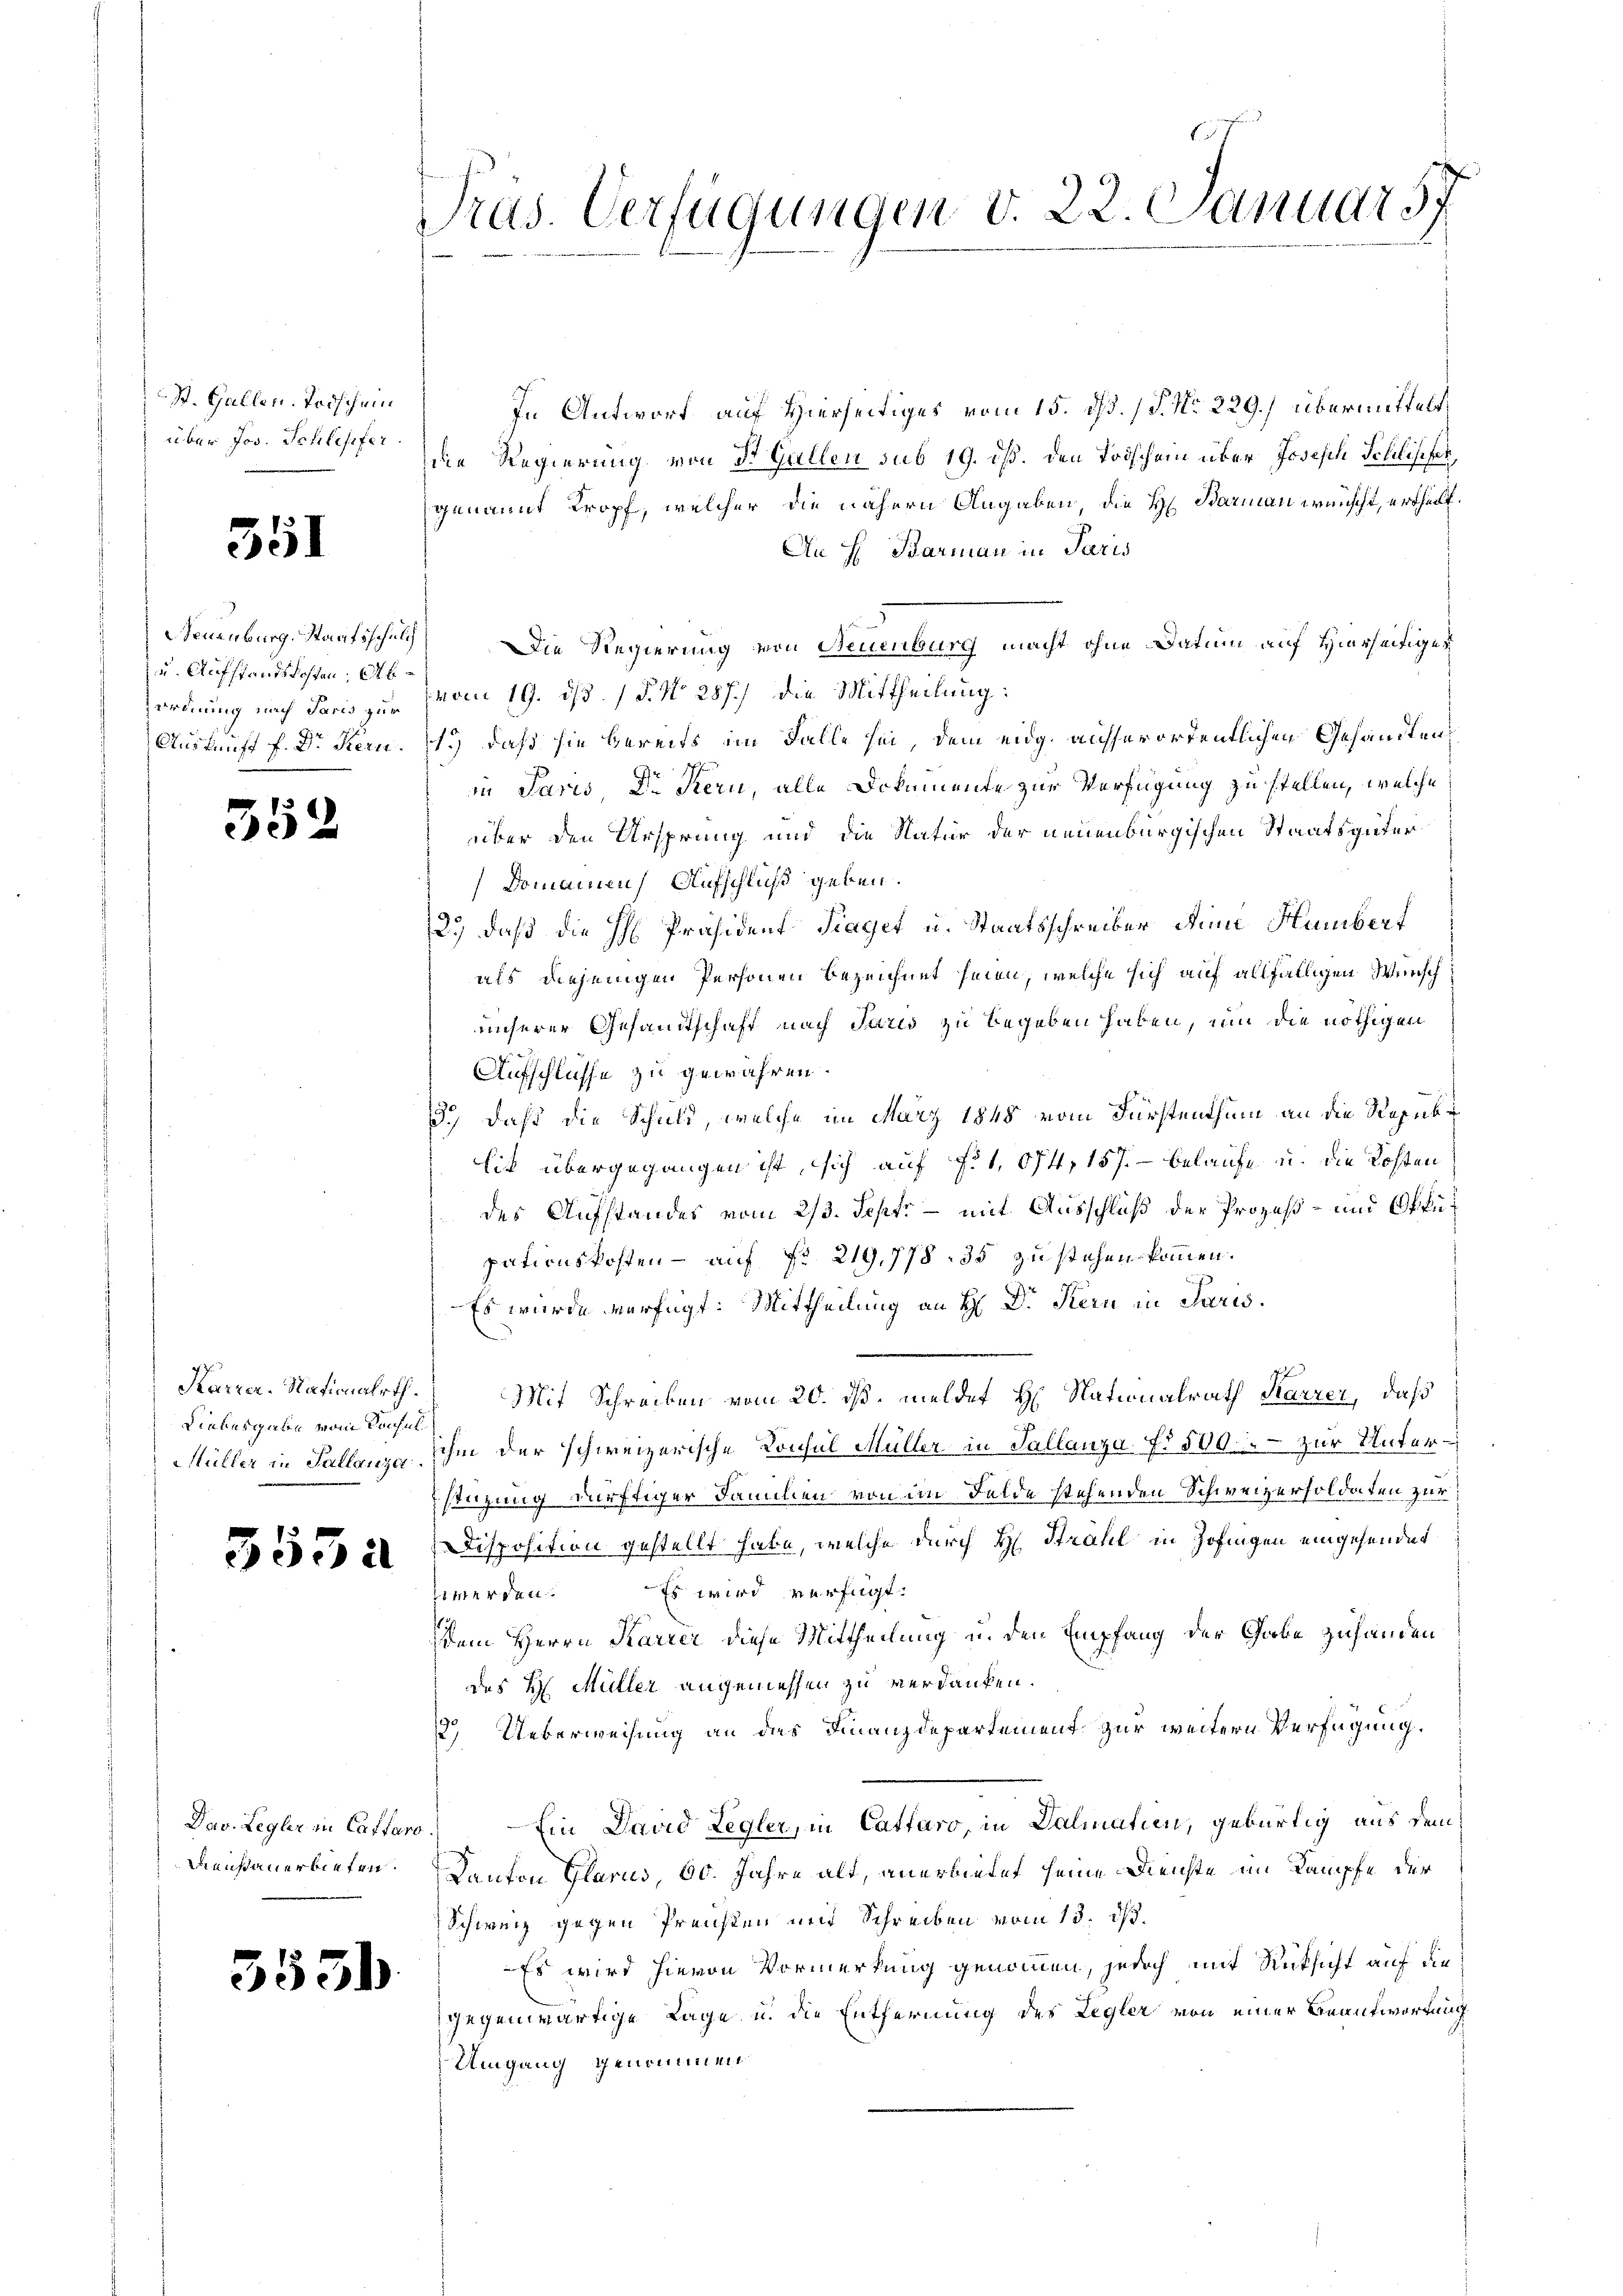
St. Gallen. Todschein
über Jos. Schlesifer.

351

Neuenburg. Staatsschulch
u. Aufstandskosten, Abordnung nach Paris zur

352

Liebesgabe vom Konsul

353 a

Dav. Legler in Caffaro.
Dienstauerbieten.

5536

Pras. Verfügungen d. 22. Januar 37

In Antwort auf Hierseitiges vom 15. dh. P. Nr. 229.) übermittelt,
die Regierung von St. Gallen sub 19. ist. Den Todschen über Joseph Schlischen,
genannt Kropf, welcher die nähern Angaben, die H. Barmann wünscht, ertheilt.
An H. Barman in Paris
Die Regierung von Neuenburg macht ohne Datum auf Hierseitiges
vom 19. d. d. 15. No. 287.) die Mittheilung:
Auskauft f. Dr Fern. 119) daß sie bereits im Falle sei, dem eidg. ausserordentlichen Gesandtenin Paris Dr. Kern, alle Dokumente zur Verfügung zu stellen, welche
über den Ursprung und die Natur der neuenburgischen Staatsgüter
Domainen Aufschluß geben.
12.) daß die H: Präsident Fraget u. Staatsschreiber deine Hambert
als diejenigen Personen bezeichnet seien, welche sich auf allfälligen Wunsch
unserer Gesandtschaft nach Juris zu begeben haben, um die nöthigen
Aufschlüsse zu gewähren.
3., daß die Schuld, welche im März 1848 vom Fürstenthum an die Republit übergegangen ist, sich auf Fit. 674, 157. - belaufe u. die Kosten
des Aufstandes vom 2/3. Sept – mit Ausschluß der Prozeß – und Offipationskosten – auf No 219,778. 35 zu stehen kommen.
Es wurde verfügt: Mittheilung an H: Dr. Kern in Paris.
77
Karrer. Nationalrth. Mit Schreiben vom 20. dß. meldet H. Nationalrath Karrer, daß
Müller in Fallenza ihm der schweizerische Konsul Müller in Sallanza fr 500. zur Unterstüzung dürftiger Familien von in Felde stehenden Schweizersoldaten zur
Disposition gestellt habe, welche durch H. Strahl in Zofingen eingehendet
werden. Es wird verfügt:
dem Herrn Karrer diese Mittheilung u. den Empfang der Gabe zuhanden
des H. Müller angemessen zu verdanken.
2.) Ueberweisung an das Finanzdepartement zur weitern Verfügung.
Ein David Legler, in Catfaso, in Dalmatin, gebürtig aus dem
Kanton Glarus, 60. Jahre alt, anerbietet seine Dienste im Kampfe der
Schweiz gegen Preusten und Schreiben vom 13. ds.
Es wird hievon Vormerkung genommen, jedoch mit Rüksicht auf die
gegenwärtige Lage u. die Entfernung des Legler von einer Beantwortung
Umgang genommen